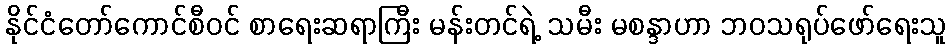
နိုင်ငံတော်ကောင်စီဝင် စာရေးဆရာကြီး မန်းတင်ရဲ့ သမီး မစန္ဒာဟာ ဘဝသရုပ်ဖော်ရေးသူ